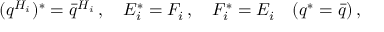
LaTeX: ( q ^ { H _ { i } } ) ^ { * } = { \bar { q } } ^ { H _ { i } } \, , \quad E _ { i } ^ { * } = F _ { i } \, , \quad F _ { i } ^ { * } = E _ { i } \quad ( q ^ { * } = \bar { q } ) \, ,